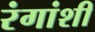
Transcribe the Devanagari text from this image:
रंगांशी